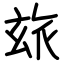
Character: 玈